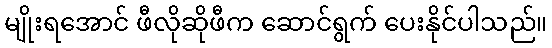
မျိုးရအောင် ဖီလိုဆိုဖီက ဆောင်ရွက် ပေးနိုင်ပါသည်။